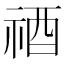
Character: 𥙫